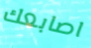
اصابعك